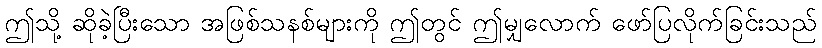
ဤသို့ ဆိုခဲ့ပြီးသော အဖြစ်သနစ်များကို ဤတွင် ဤမျှလောက် ဖော်ပြလိုက်ခြင်းသည်